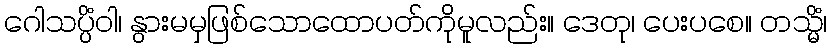
ဂေါသပ္ပိံဝါ၊ နွားမမှဖြစ်သောထောပတ်ကိုမူလည်း။ ဒေတု၊ ပေးပစေ။ တသ္မိံ၊